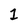
Character: 1